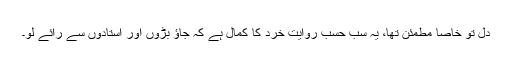
دل تو خاصا مطمئن تھا، یہ سب حسب روایت خرد کا کمال ہے کہ جاؤ بڑوں اور استادوں سے رائے لو۔